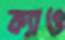
ক্যাও